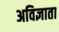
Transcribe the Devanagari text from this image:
अविज्ञाता